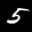
Label: 5